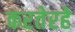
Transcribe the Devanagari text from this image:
करतेरहे